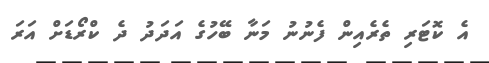
އެ ކޮޓަރި ތެރެއިން ފެނުނު މަނާ ބޭހުގެ އަދަދު ދެ ކްރޯޑަށް އަރަ